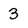
Character: 3